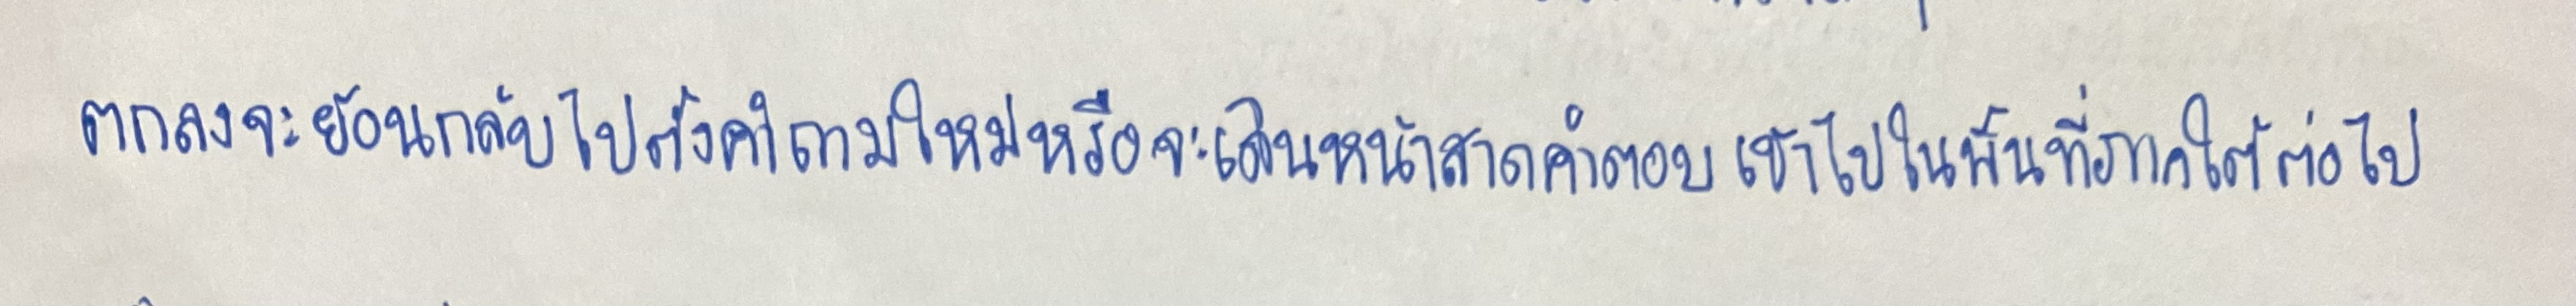
ตกลงจะย้อนกลับไปตั้งคำถามใหม่หรือจะเดินหน้าสาดคำตอบเข้าไปในพื้นที่ภาคใต้ต่อไป